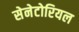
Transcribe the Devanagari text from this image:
सेनेटोरियल